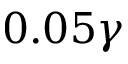
0 . 0 5 \gamma